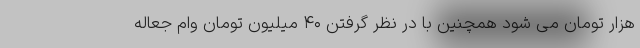
هزار تومان می شود همچنین با در نظر گرفتن ۴۰ میلیون تومان وام جعاله